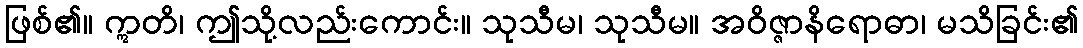
ဖြစ်၏။ ဣတိ၊ ဤသို့လည်းကောင်း။ သုသီမ၊ သုသီမ။ အဝိဇ္ဇာနိရောဓာ၊ မသိခြင်း၏